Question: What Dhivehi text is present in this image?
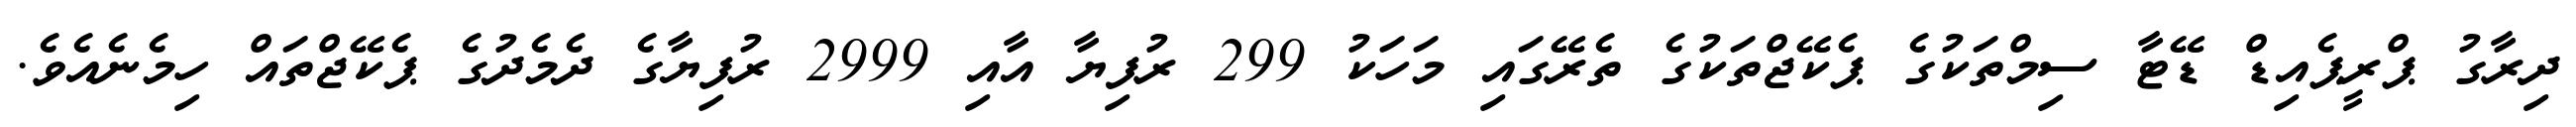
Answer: ދިރާގު ޕްރީޕެއިޑް ޑޭޓާ ސިމްތަކުގެ ޕެކޭޖްތަކުގެ ތެރޭގައި މަހަކު 299 ރުފިޔާ އާއި 2999 ރުފިޔާގެ ދެމެދުގެ ޕެކޭޖްތައް ހިމެނެއެވެ.